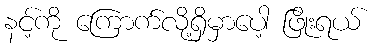
နင့်ကို ကြောက်လို့ရှိမှာပေါ့ ဖြိုးရယ်